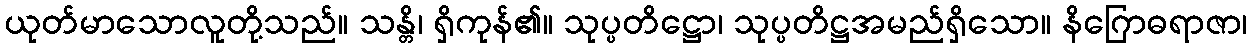
ယုတ်မာသောလူတို့သည်။ သန္တိ၊ ရှိကုန်၏။ သုပ္ပတိဋ္ဌော၊ သုပ္ပတိဋ္ဌအမည်ရှိသော။ နိဂြောဓရာဇာ၊